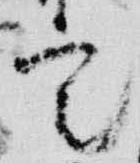
定